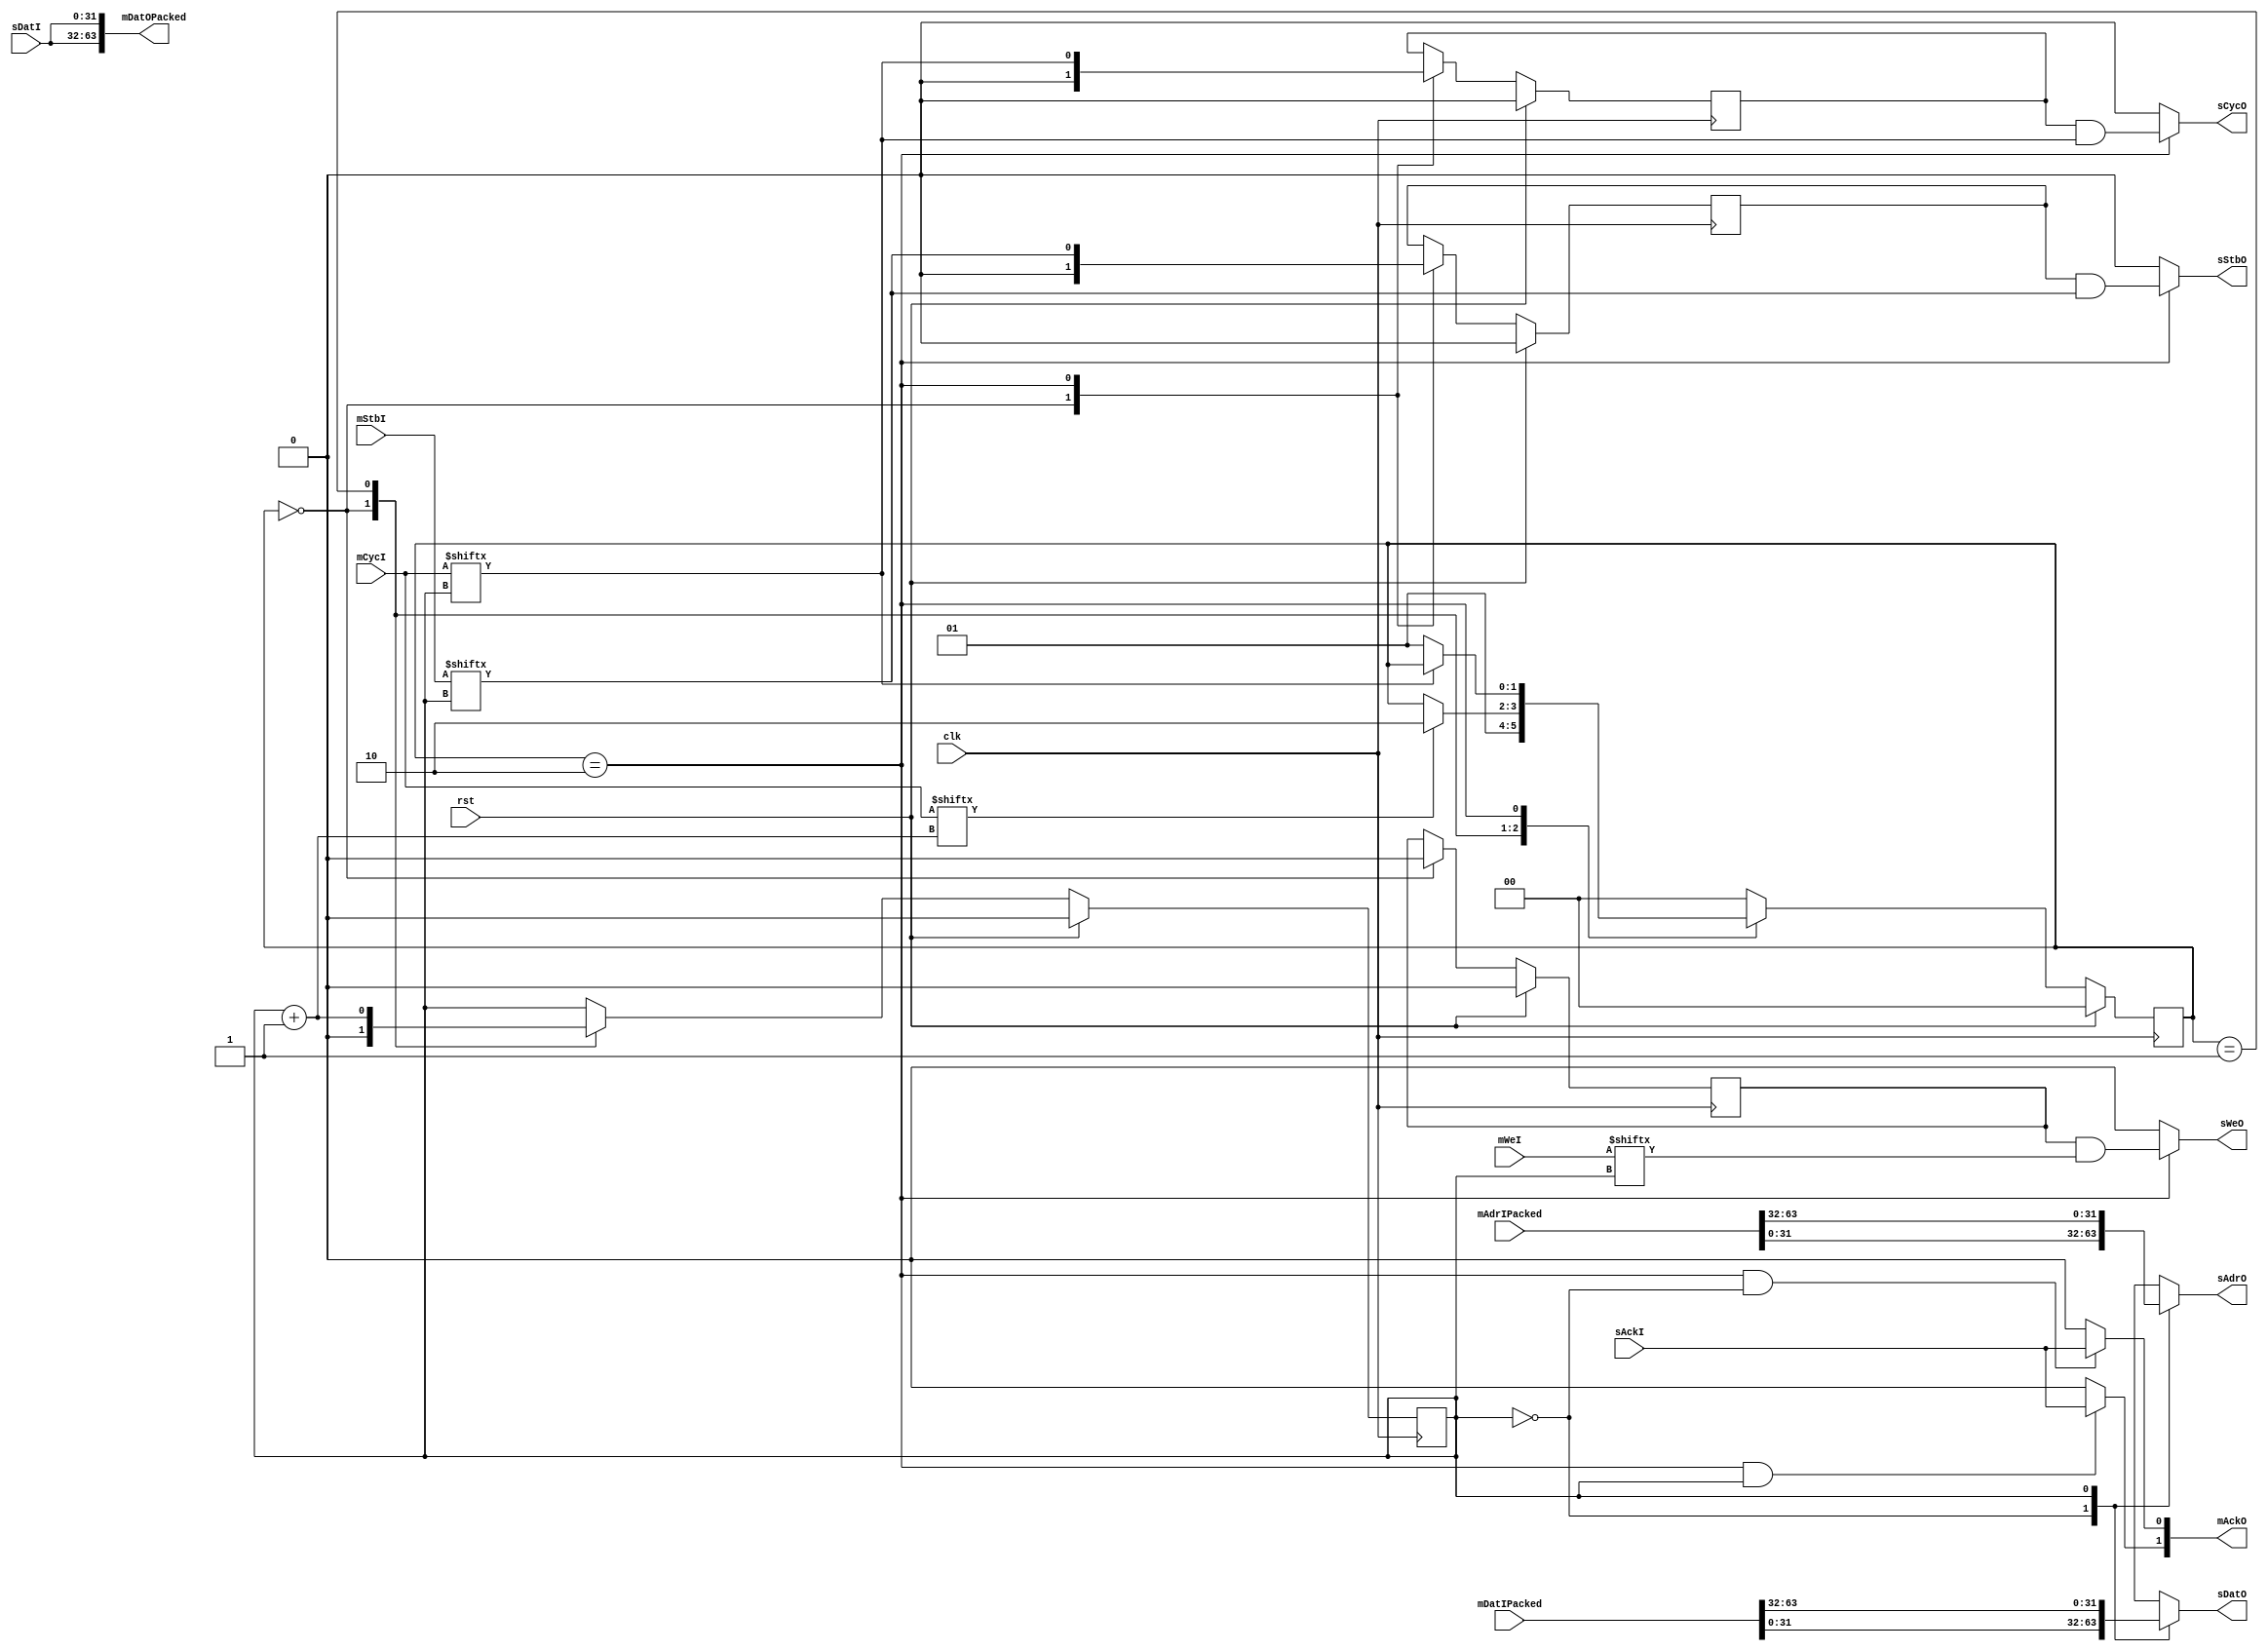
module Arbiter(
    input clk,
    input rst,

    input [MASTERS_COUNT-1:0] mCycI,
    input [MASTERS_COUNT-1:0] mStbI,
    input [MASTERS_COUNT-1:0] mWeI,
    output [MASTERS_COUNT-1:0] mAckO,
    input [ADDRESS_WIDTH*MASTERS_COUNT-1:0] mAdrIPacked,
    input [DATA_WIDTH*MASTERS_COUNT-1:0] mDatIPacked,
    output [DATA_WIDTH*MASTERS_COUNT-1:0] mDatOPacked,

    output reg sCycO,
    output reg sStbO,
    output reg sWeO,
    input sAckI,
    output [ADDRESS_WIDTH-1:0] sAdrO,
    input [DATA_WIDTH-1:0] sDatI,
    output [DATA_WIDTH-1:0] sDatO
);
    parameter MASTERS_WIDTH = 1;
    localparam MASTERS_COUNT = 1 << MASTERS_WIDTH;
    parameter ADDRESS_WIDTH = 32;
    parameter DATA_WIDTH = 32;
    
    wire [ADDRESS_WIDTH-1:0] mAdrI [MASTERS_COUNT-1:0];
    wire [DATA_WIDTH-1:0] mDatI [MASTERS_COUNT-1:0];
    wire [DATA_WIDTH-1:0] mDatO [MASTERS_COUNT-1:0];

    genvar i;
    generate
        for(i = 0; i < MASTERS_COUNT; i = i + 1) begin : genblock
            assign mAdrI[i] = mAdrIPacked[ADDRESS_WIDTH*(i+1)-1:ADDRESS_WIDTH*i];
            assign mDatI[i] = mDatIPacked[DATA_WIDTH*(i+1)-1:DATA_WIDTH*i];
            assign mDatOPacked[DATA_WIDTH*(i+1)-1:DATA_WIDTH*i] = mDatO[i];
        end
    endgenerate

    reg [MASTERS_WIDTH-1:0] currentMaster = 0;

    wire currentStb = mStbI[currentMaster];
    wire currentCyc = mCycI[currentMaster];
    wire currentWe = mWeI[currentMaster];
    wire nextCyc = mCycI[currentMaster + {{(MASTERS_WIDTH-1){1'b0}}, 1'b1}];

    localparam STATE_RESET = 0;
    localparam STATE_NEXT = 1;
    localparam STATE_CYCLE = 2;
    reg [1:0] state = STATE_RESET;
    always @(negedge clk) begin
        if(rst) begin
            state <= STATE_RESET;
        end else begin
            case(state)
                STATE_RESET: begin
                    state <= STATE_NEXT;
                end
                STATE_NEXT: begin
                    if(nextCyc)
                        state <= STATE_CYCLE;
                end
                STATE_CYCLE: begin
                    if(!currentCyc)
                        state <= STATE_NEXT;
                end
                default: begin
                    state <= STATE_RESET;
                end
            endcase
        end
    end

    always @(negedge clk) begin
        if(rst) begin
            currentMaster <= 0;
        end else begin
            case(state)
                STATE_RESET: currentMaster <= 0;
                STATE_NEXT: currentMaster <= currentMaster + 1;
            endcase
        end
    end

    reg cycLatch = 1'b0;
    reg stbLatch = 1'b0;
    reg weLatch = 1'b0;
    always @(posedge clk) begin
        if(rst) begin
            cycLatch <= 1'b0;
            stbLatch <= 1'b0;
            weLatch <= 1'b0;
        end else begin
            case(state)
                STATE_RESET: begin
                    cycLatch <= 1'b0;
                    stbLatch <= 1'b0;
                    weLatch <= 1'b0;
                end
                STATE_CYCLE: begin
                    cycLatch <= currentCyc;
                    stbLatch <= currentStb;
                end
            endcase
        end
    end
    always @(*) begin
        case(state)
            STATE_CYCLE: begin
                sStbO = stbLatch & currentStb;
                sCycO = cycLatch & currentCyc;
                sWeO = weLatch & currentWe;
            end
            default: begin
                sStbO = 1'b0;
                sCycO = 1'b0;
                sWeO = 1'b0;
            end
        endcase
    end
    
    generate
        for(i = 0; i < MASTERS_COUNT; i = i + 1) begin : genblock1
            assign mAckO[i] = (state == STATE_CYCLE && currentMaster == i) ? sAckI : 1'b0;
            assign mDatO[i] = sDatI;
        end
    endgenerate
    assign sDatO = mDatI[currentMaster];
    assign sAdrO = mAdrI[currentMaster];
endmodule